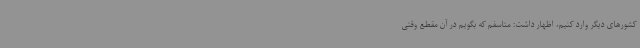
کشورهای دیگر وارد کنیم، اظهار داشت: متاسفم که بگویم در آن مقطع وقتی